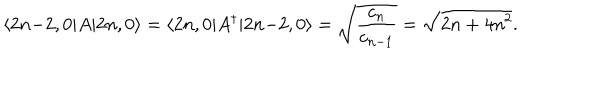
\langle 2 n { - } 2 , 0 | A | 2 n , 0 \rangle = \langle 2 n , 0 | A ^ { \dagger } | 2 n { - } 2 , 0 \rangle = \sqrt { \frac { c _ { n } } { c _ { n - 1 } } } = \sqrt { 2 n + 4 n ^ { 2 } } .